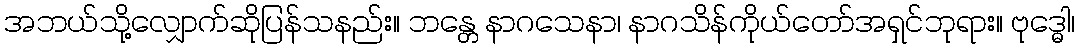
အဘယ်သို့လျှောက်ဆိုပြန်သနည်း။ ဘန္တေ နာဂသေနာ၊ နာဂသိန်ကိုယ်တော်အရှင်ဘုရား။ ဗုဒ္ဓေါ၊